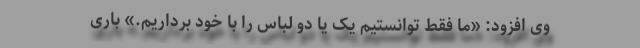
وی افزود: «ما فقط توانستیم یک یا دو لباس را با خود برداریم.» باری